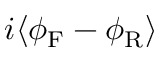
i \langle \phi _ { \mathrm { F } } - \phi _ { \mathrm { R } } \rangle